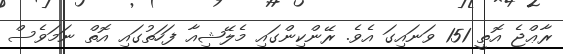
ރާޢްޖެ އޮތީ 151 ވަނައިގަ އެވެ. ރޭންކިންގައި މެލޭޝިއާ ފަހަތުގައި އޮތް ނަމަވެސް